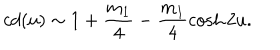
c d ( u ) \sim 1 + \frac { m _ { 1 } } { 4 } - \frac { m _ { 1 } } { 4 } \cosh 2 u .